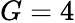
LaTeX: G=4